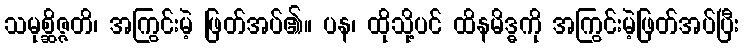
သမုစ္ဆိဇ္ဇတိ၊ အကြွင်းမဲ့ ဖြတ်အပ်၏။ ပန၊ ထိုသို့ပင် ထိနမိဒ္ဓကို အကြွင်းမဲ့ဖြတ်အပ်ပြီး